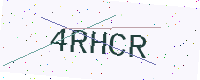
Text: 4RHCR